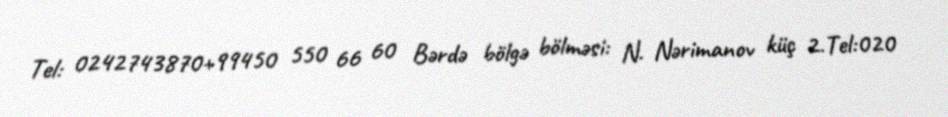
Tel: 0242743870+99450 550 66 60 Bərdə bölgə bölməsi: N. Nərimanov küç 2.Tel:020